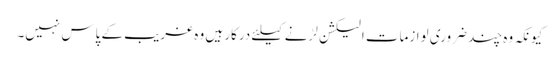
کیونکہ وہ چند ضروری لوازمات الیکشن لڑنے کیلئے درکار ہیں وہ غریب کے پاس نہیں۔